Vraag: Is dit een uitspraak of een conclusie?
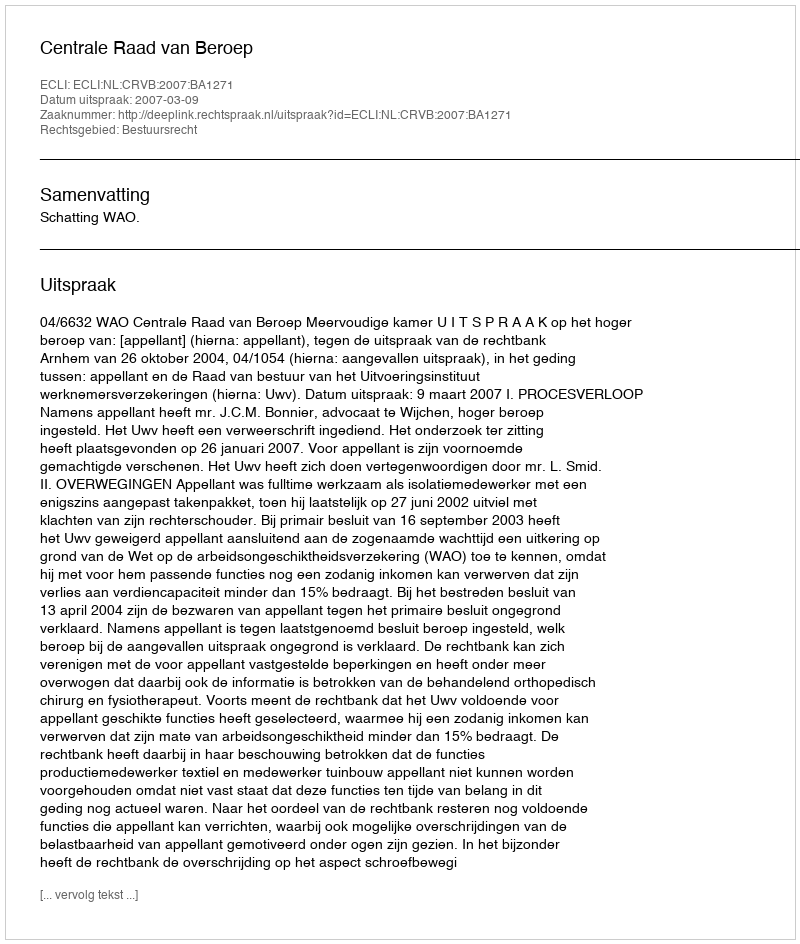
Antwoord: Uitspraak